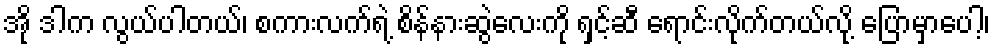
အို ဒါက လွယ်ပါတယ်၊ စကားလက်ရဲ့ စိန်နားဆွဲလေးကို ရှင့်ဆီ ရောင်းလိုက်တယ်လို့ ပြောမှာပေါ့၊